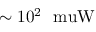
\mathrm { \sim 1 0 ^ { 2 } ~ \ m u W }